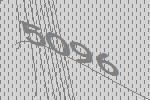
5096